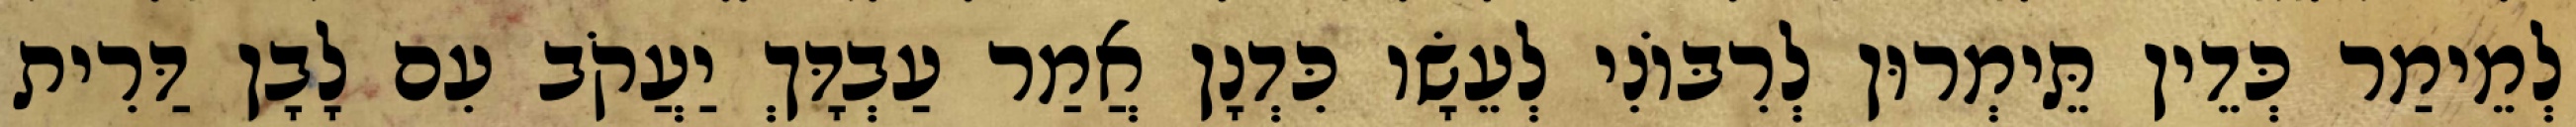
לְמֵימַר כְּדֵין תֵּימְרוּן לְרִבּוֹנִי לְעֵשָׂו כִּדְנָן אֲמַר עַבְדָּךְ יַעֲקֹב עִם לָבָן דַּרִית